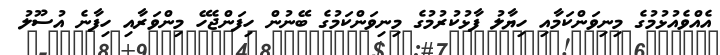
އެއްވެއުޅުމުގެ މިނިވަންކަމާއި ހިޔާލު ފާޅުކުރުމުގެ މިނިވަންކަމުގެ ބޭނުން ހިފަންޖެހޭ މިންވަރާއި ހިފާނެ އުސޫލު